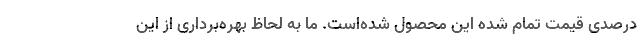
درصدی قیمت تمام شده این محصول شده‌است. ما به لحاظ بهره‌برداری از این